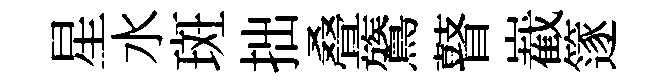
星水斑拙叠鷟瞽嶻篴